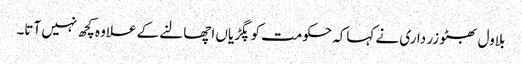
بلاول بھٹو زر داری نے کہاکہ حکومت کو پگڑیاں اچھالنے کے علاوہ کچھ نہیں آتا۔